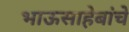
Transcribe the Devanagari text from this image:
भाऊसाहेबांचे